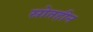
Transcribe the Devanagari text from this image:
स्रोतहीन